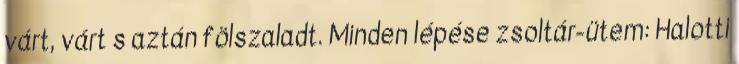
várt, várt s aztán fölszaladt. Minden lépése zsoltár-ütem: Halotti